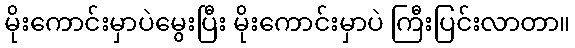
မိုးကောင်းမှာပဲမွေးပြီး မိုးကောင်းမှာပဲ ကြီးပြင်းလာတာ။